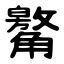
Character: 䚫